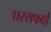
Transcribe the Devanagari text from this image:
घरसफाई